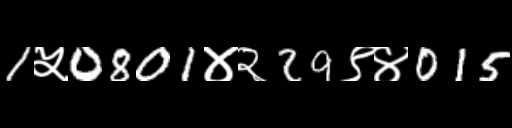
Text: 1५0801४२29९४015